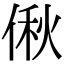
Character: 偢